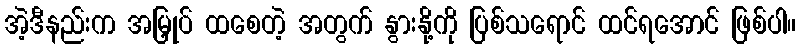
အဲ့ဒီနည်းက အမြှုပ် ထစေတဲ့ အတွက် နွားနို့ကို ပြစ်သရောင် ထင်ရအောင် ဖြစ်ပါ။